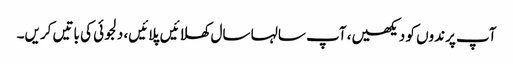
آپ پرندوں کو دیکھیں، آپ سالہا سال کھلائیں پلائیں، دلجوئی کی باتیں کریں۔